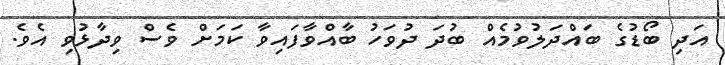
އަދި ބޯޑުގެ ބައްދަލުވުމެއް ބުދަ ދުވަހު ބާއްވާފައިވާ ކަމަށް ވެސް ވިދާޅުވި އެވެ.